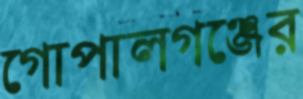
গোপালগঞ্জের